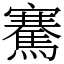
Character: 騫